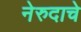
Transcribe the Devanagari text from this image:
नेरुदाचे